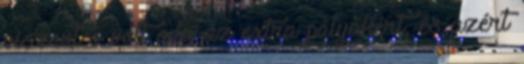
viszont ő volt oda az extra pályákért, és azért